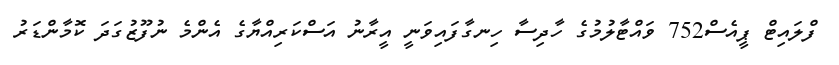
ފްލައިޓް ޕީއެސް752 ވައްޓާލުމުގެ ހާދިސާ ހިނގާފައިވަނީ އީރާނު އަސްކަރިއްޔާގެ އެންމެ ނުފޫޒުގަދަ ކޮމާންޑަރު